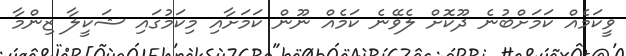
ވީކަމެއް ކަމަށްބުނެ ދޫކޮށް ލެވޭނެ ކަމެއް ނޫން ކަމަށާއި މިކަމުގައި ޝަކީލާ ޒިންމާ